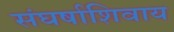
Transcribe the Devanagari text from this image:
संघर्षाशिवाय